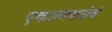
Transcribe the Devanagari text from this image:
एकात्मकतेचे